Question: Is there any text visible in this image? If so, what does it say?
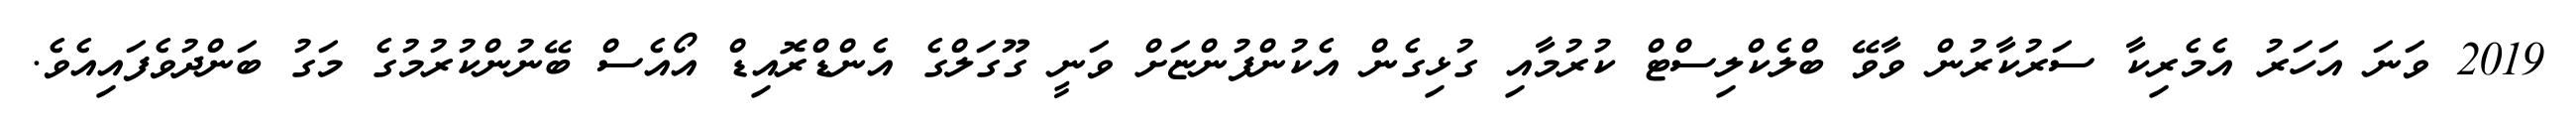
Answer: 2019 ވަނަ އަހަރު އެމެރިކާ ސަރުކާރުން ވާވޭ ބްލެކްލިސްޓް ކުރުމާއި ގުޅިގެން އެކުންފުންޏަށް ވަނީ ގޫގަލްގެ އެންޑްރޮއިޑް އޯއެސް ބޭނުންކުރުމުގެ މަގު ބަންދުވެފައިއެވެ.